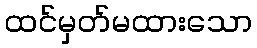
ထင်မှတ်မထားသော